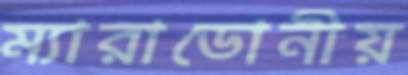
ম্যারাডোনীয়